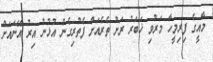
މާއީގެ ފިރިމީހާ މަރުވި ޚަބަރު ރަށު ތެރެއަށް ފެތުރިގެން އުޅުނު އިރު އޭނައަށް